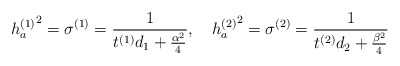
\begin{align*}{h_a^{(1)}}^2=\sigma^{(1)}={1\over t^{(1)}d_1+{\alpha^2\over4}} ,~~~{h_a^{(2)}}^2=\sigma^{(2)}={1\over t^{(2)}d_2+{\beta^2\over4}}\end{align*}